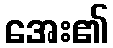
အေး၏